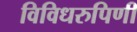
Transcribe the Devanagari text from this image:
विविधरुपिणी